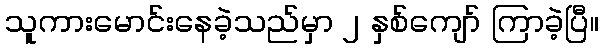
သူကားမောင်းနေခဲ့သည်မှာ ၂ နှစ်ကျော် ကြာခဲ့ပြီ။